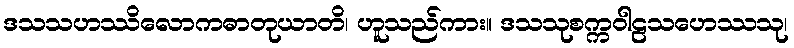
ဒသသဟဿိလောကဓာတုယာတိ၊ ဟူသည်ကား။ ဒသသုစက္ကဝါဠသဟေဿသု၊